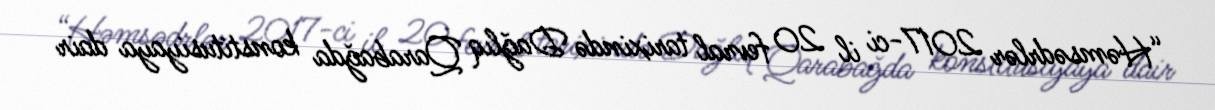
“Həmsədrlər 2017-ci il 20 fevral tarixində Dağlıq Qarabağda konstitusiyaya dair